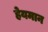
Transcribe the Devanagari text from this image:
हेयमान